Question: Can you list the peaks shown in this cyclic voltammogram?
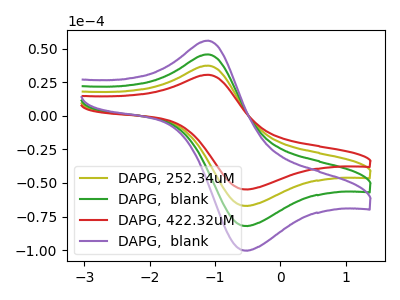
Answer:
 <answer>The olive curve "DAPG, 252.34uM" has an anodic peak at (-1.10V, 37.35uA) and a cathodic peak at (-0.55V, -67.05uA). The green curve "DAPG,  blank" has an anodic peak at (-1.10V, 74.70uA) and a cathodic peak at (-0.55V, -134.05uA). The red curve "DAPG, 422.32uM" has an anodic peak at (-1.10V, 30.55uA) and a cathodic peak at (-0.55V, -54.80uA). The purple curve "DAPG,  blank" has an anodic peak at (-1.10V, 112.10uA) and a cathodic peak at (-0.55V, -201.10uA).</answer>
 <eval></eval>